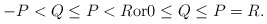
\begin{align*} -P < Q \leq P < R \mbox{or} 0 \leq Q \leq P = R. \end{align*}